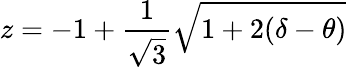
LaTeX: z=-1+\frac{1}{\sqrt{3}}\sqrt{1+2(\delta-\theta)}